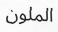
الملون